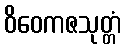
ဝိဝေကဇသုတ္တံ